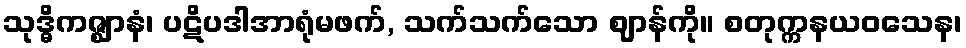
သုဒ္ဓိကဇ္ဈာနံ၊ ပဋိပဒါအာရုံမဖက်, သက်သက်သော ဈာန်ကို။ စတုက္ကနယဝသေန၊